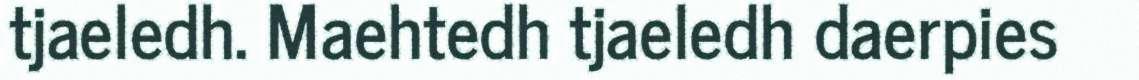
tjaeledh. Maehtedh tjaeledh daerpies